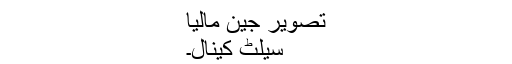
تصویر جین مالیا
سیلٹ کینال۔